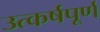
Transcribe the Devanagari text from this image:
उत्कर्षपूर्ण